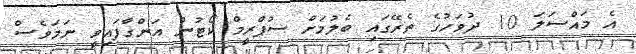
އެ މައްސަލަ 10 ދުވަހުގެ ތެރޭގައި ބެލުމަށް ސުޕްރީމް ކޯޓުން އަންގާފައިވީ ނަމަވެސް